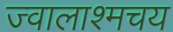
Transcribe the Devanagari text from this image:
ज्वालाश्मचय